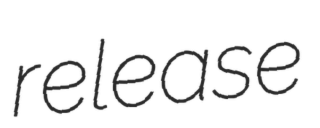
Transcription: release